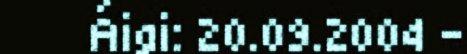
Áigi: 20.09.2004 -